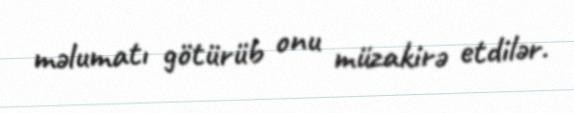
məlumatı götürüb onu müzakirə etdilər.